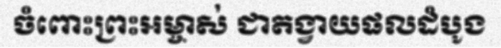
ចំពោះព្រះអម្ចាស់ ជាតង្វាយផលដំបូង